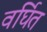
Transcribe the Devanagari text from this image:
वर्घित